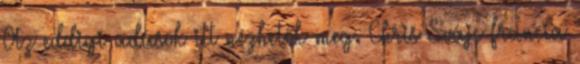
Az eddigi adások itt nézhetők meg. Chris Svájc francia